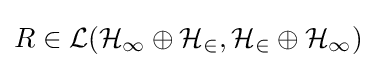
R\in {\mathcal {L(H_{1}\oplus H_{2},H_{2}\oplus H_{1})}}